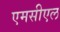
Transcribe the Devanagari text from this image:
एमसीएल